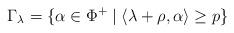
LaTeX: \begin{align*}\Gamma_{\lambda}= \{\alpha \in \Phi^+ \mid \langle \lambda + \rho, \alpha \rangle \geq p \} \end{align*}